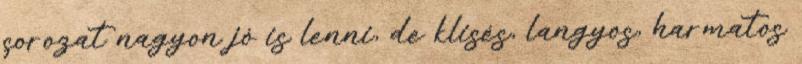
sorozat nagyon jó is lenni, de klisés, langyos, harmatos